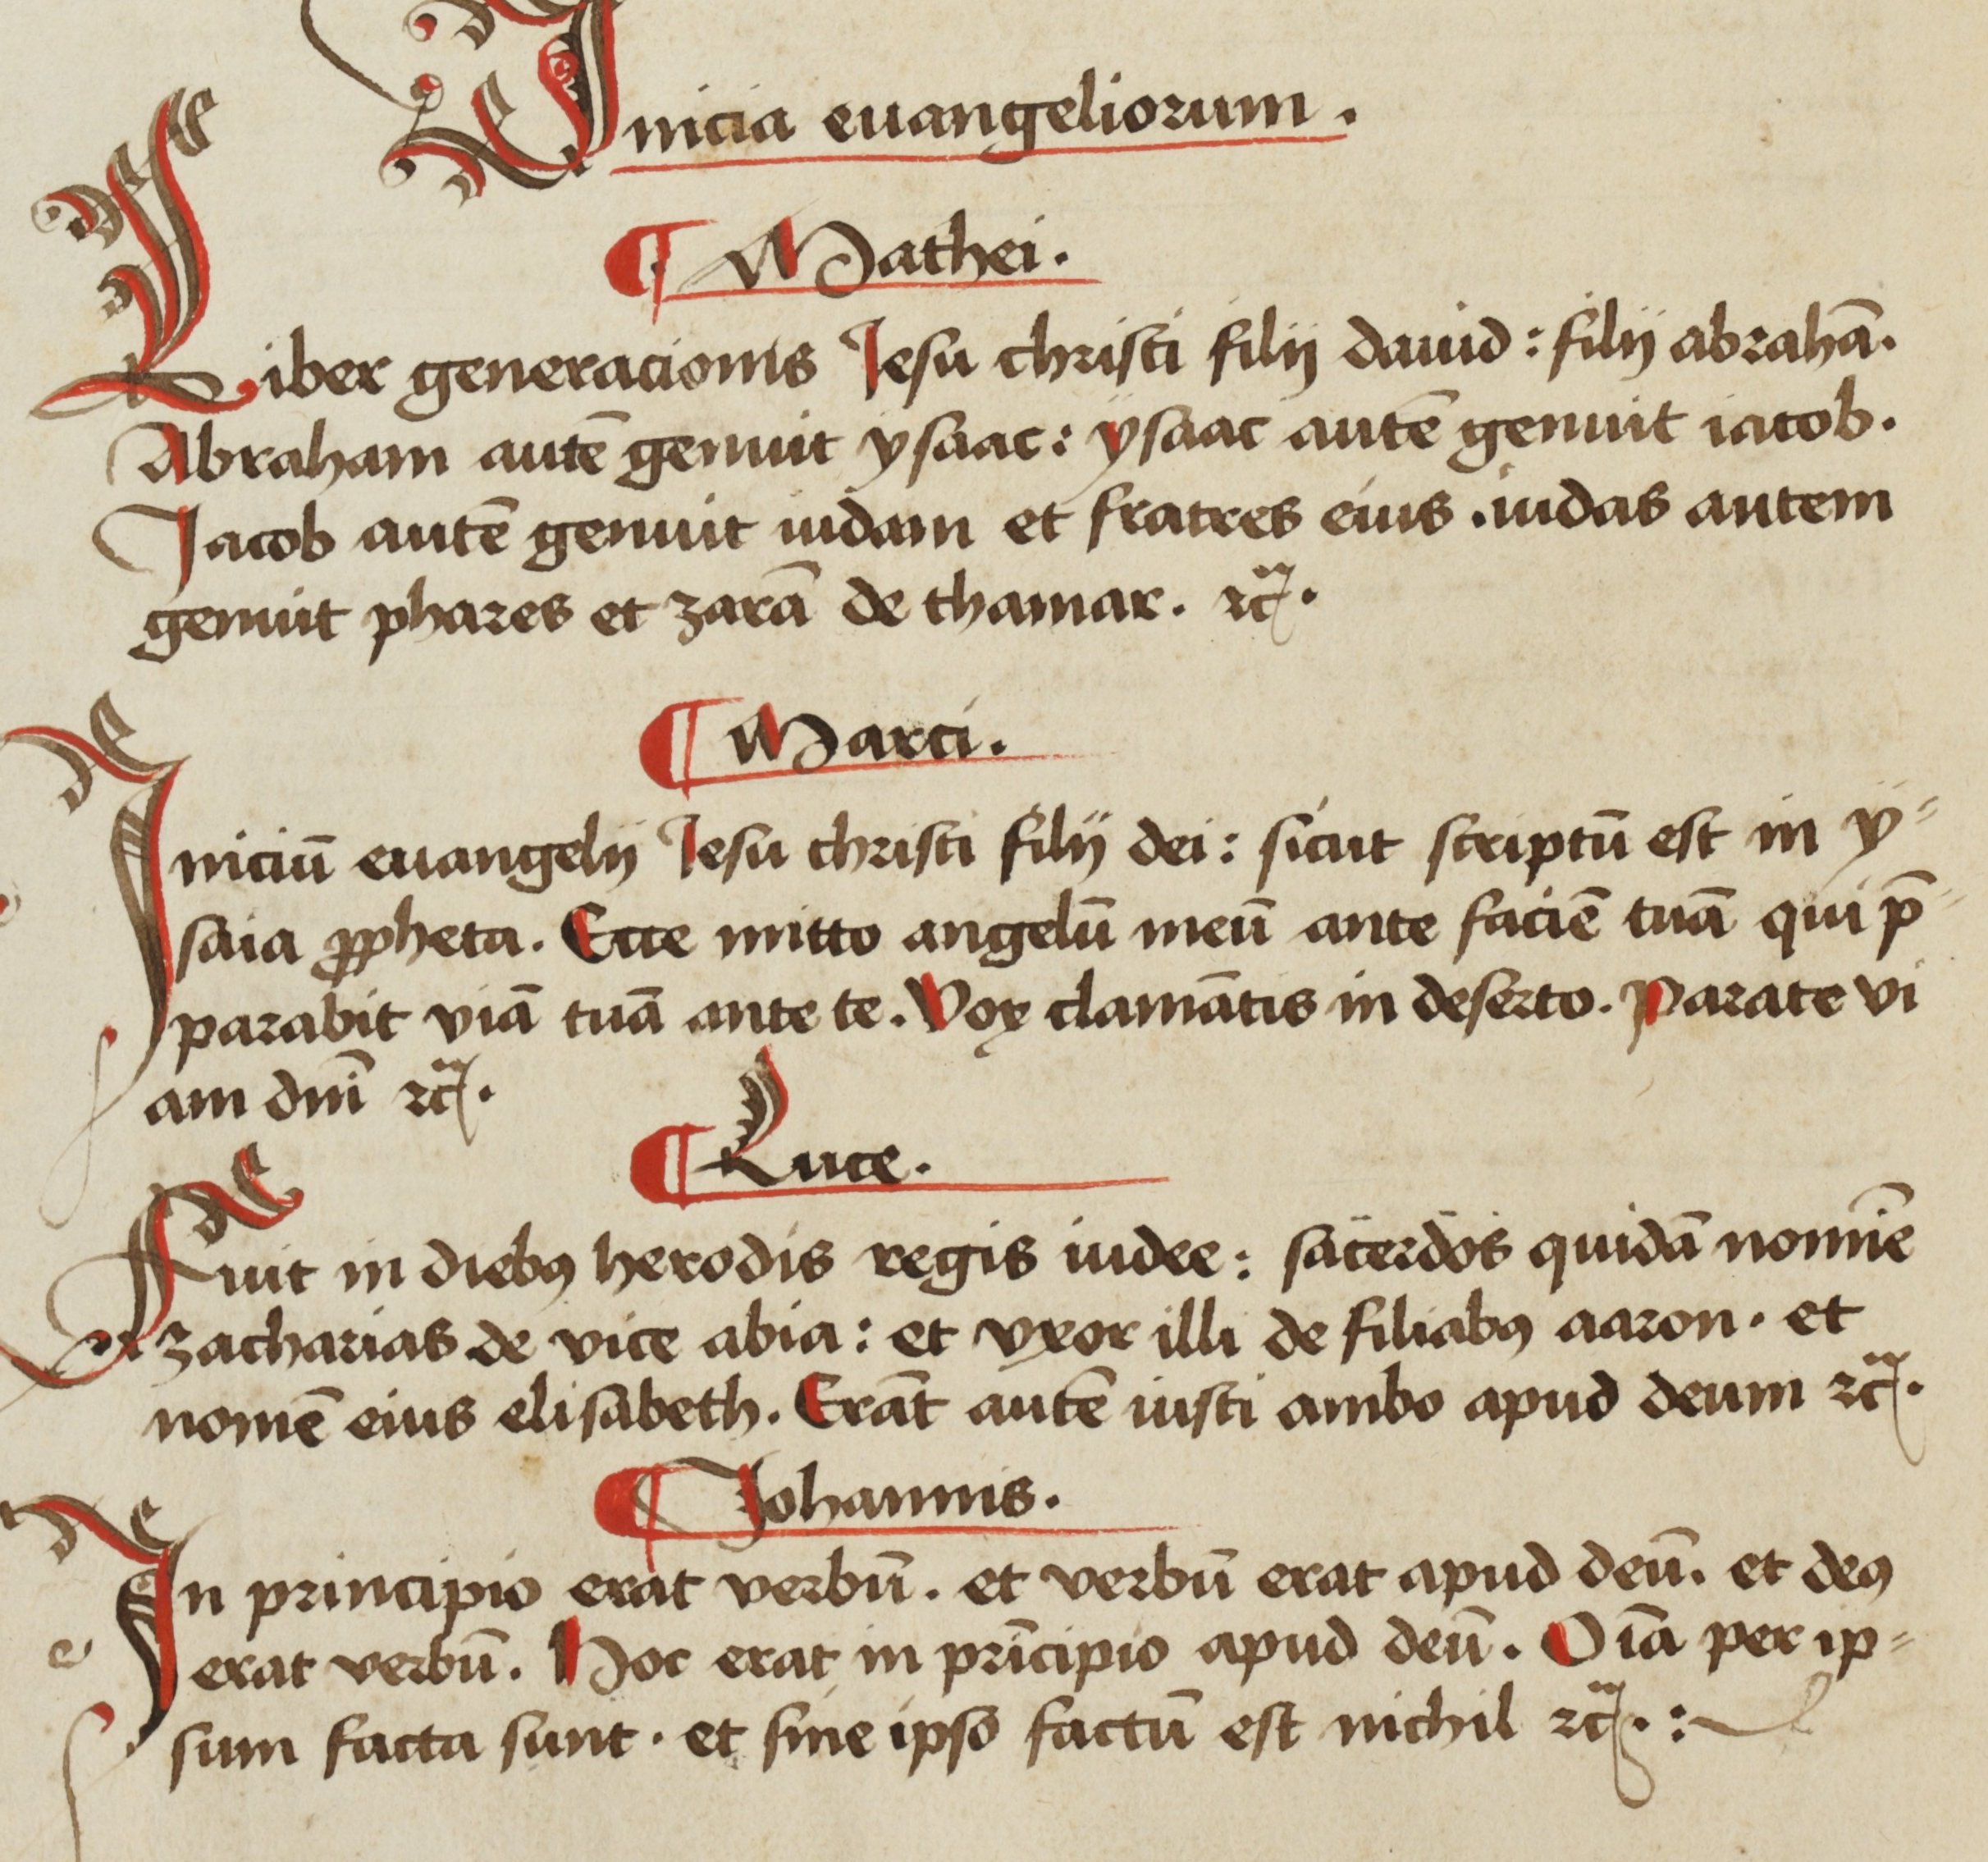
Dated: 1465–1599